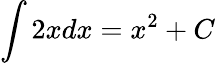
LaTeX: \int 2xdx=x^{2}+C